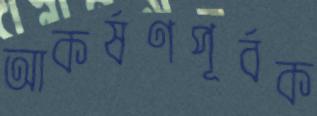
আকর্ষণপূর্বক